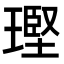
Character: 𪼑